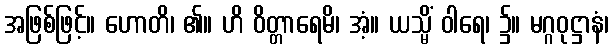
အဖြစ်ဖြင့်။ ဟောတိ၊ ၏။ ဟိ ဝိတ္တာရေမိ၊ အံ့။ ယသ္မိံ ဝါရေ၊ ၌။ မဂ္ဂဝုဋ္ဌာနံ၊